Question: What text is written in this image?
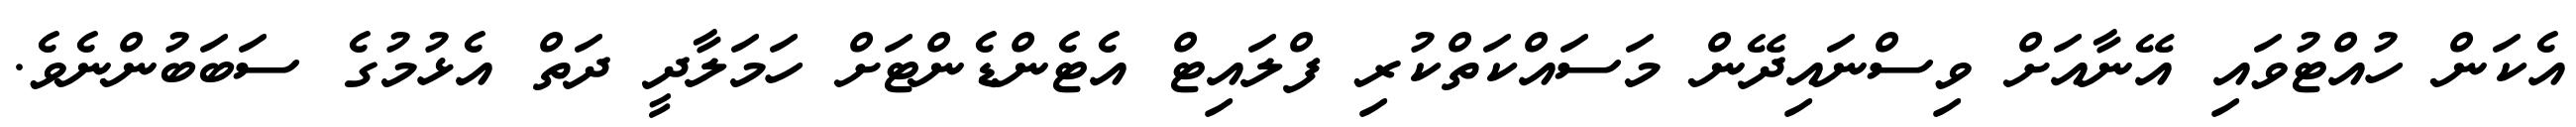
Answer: އެކަން ހުއްޓުވައި އޭނާއަށް ވިސްނައިދޭން މަސައްކަތްކުރި ފްލައިޓް އެޓެންޑެންޓަށް ހަމަލާދީ ދަތް އެޅުމުގެ ސަބަބުންނެވެ.